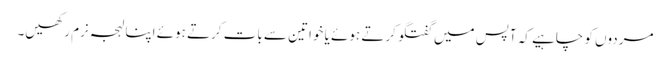
مردوں کو چاہیے کہ آپس میں گفتگو کرتے ہوئے یا خواتین سے بات کرتے ہوئے اپنا لہجہ نرم رکھیں۔